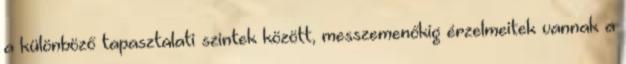
a különböző tapasztalati szintek között, messzemenőkig érzelmeitek vannak a